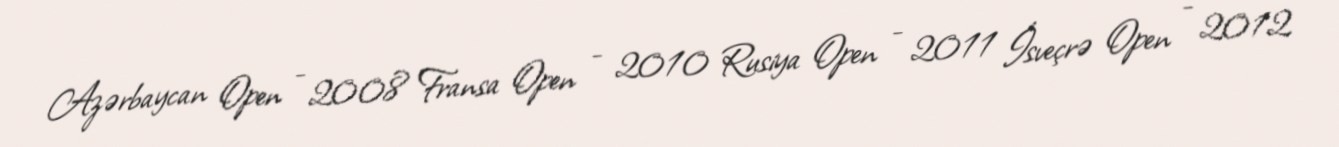
Azərbaycan Open - 2008 Fransa Open - 2010 Rusiya Open - 2011 İsveçrə Open - 2012